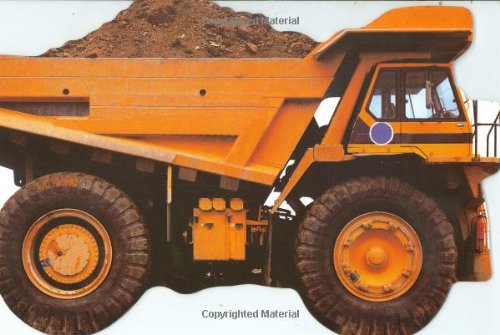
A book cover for Diggers & Dumpers (Things That Go Board Books); DK; Children's Books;